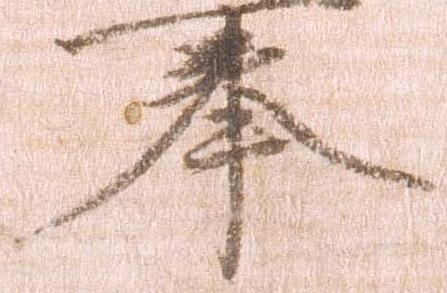
奉